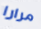
مرارا